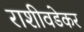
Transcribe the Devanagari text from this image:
राशीवडेकर